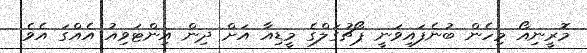
މޮރީނިއޯ މިހެން ބުނެފައިވަނީ ޕޯޗުގަލްގެ މީޑިއާ އަަށް ދިން އިންޓަވިއު އެއްގަ އެވެ.